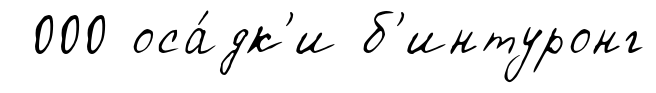
000 оса́дк'и б'интуронг